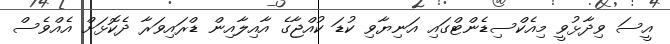
އީސަ ވިދާޅުވީ މިއެކްސިޑެންޓްގައި އަނިޔާވި ކުޑަ ކުއްޖާގެ އާއިލާއިން ޑްރައިވަރާ ދެކޮޅަށް އެއްވެސް